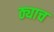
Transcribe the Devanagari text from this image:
ठ्याच